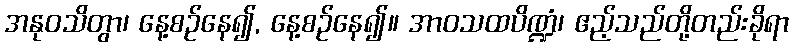
အနုဝသိတွာ၊ နေ့စဉ်နေ၍, နေ့စဉ်နေ၍။ အာဝသထပိဏ္ဍံ၊ ဧည့်သည်တို့တည်းခိုရာ